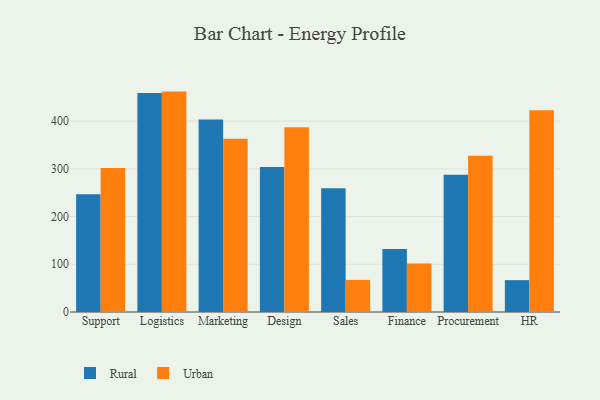
{"axis": {"x": "Department", "y": "Customer Acquisition Cost (USD)"}, "legend": ["Rural", "Urban"], "data": [{"x": "Support", "y": 246.8, "type": "Rural"}, {"x": "Support", "y": 301.6, "type": "Urban"}, {"x": "Logistics", "y": 459.1, "type": "Rural"}, {"x": "Logistics", "y": 461.9, "type": "Urban"}, {"x": "Marketing", "y": 403.5, "type": "Rural"}, {"x": "Marketing", "y": 363.0, "type": "Urban"}, {"x": "Design", "y": 303.8, "type": "Rural"}, {"x": "Design", "y": 387.4, "type": "Urban"}, {"x": "Sales", "y": 259.3, "type": "Rural"}, {"x": "Sales", "y": 67.3, "type": "Urban"}, {"x": "Finance", "y": 132.0, "type": "Rural"}, {"x": "Finance", "y": 101.5, "type": "Urban"}, {"x": "Procurement", "y": 287.6, "type": "Rural"}, {"x": "Procurement", "y": 327.3, "type": "Urban"}, {"x": "HR", "y": 66.7, "type": "Rural"}, {"x": "HR", "y": 422.8, "type": "Urban"}]}